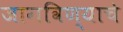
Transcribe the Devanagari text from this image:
जागविण्याचे